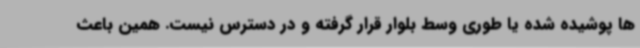
ها پوشیده شده یا طوری وسط بلوار قرار گرفته و در دسترس نیست. همین باعث